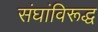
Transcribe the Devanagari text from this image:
संघांविरूद्ध